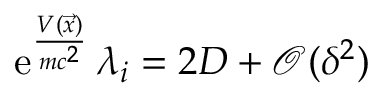
\mathrm e ^ { \frac { V ( \vec { x } ) } { m c ^ { 2 } } } \, \lambda _ { i } = 2 D + \mathcal O ( \delta ^ { 2 } )